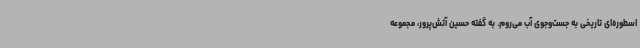
اسطوره‌ای تاریخی به جست‌وجوی آب می‌روم. به گفته حسین آتش‌پرور، مجموعه